Annual report of lunatic asylums [Bombay] - 1912-1922
Year: 1912
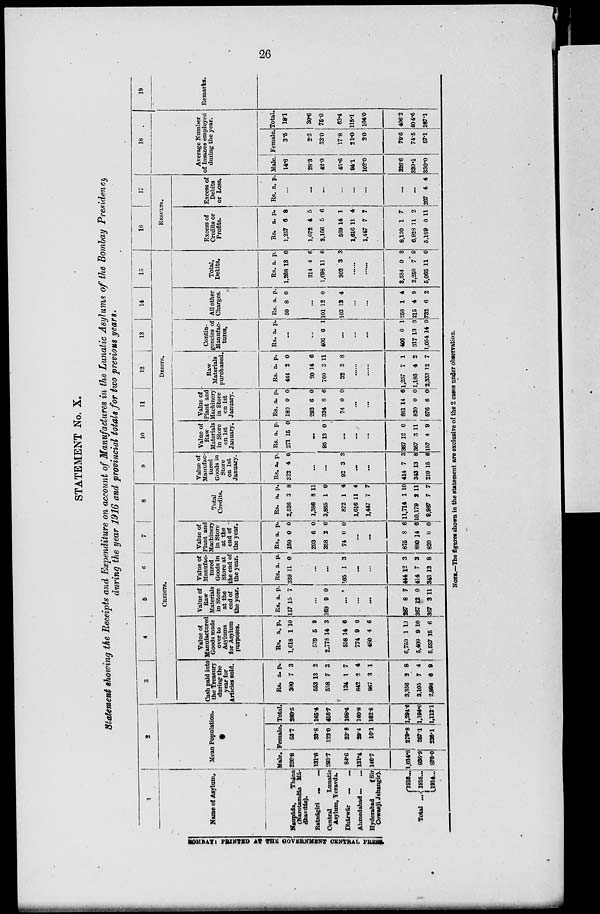
26
STATEMENT No. X.
Statement showing the Receipts and Expenditure on account of Manufactures in the Lunatic Asylums of the Bombay Presidency
during the year 1916 and provincial totals for two previous years.
1
Name of Asylum.
Naupáda,
Thána
(Narotamdas Má-
dhavdás).
Ratnágiri ... ...
Central
Lunatic
Asylum, Yeravda.
Dhárwár
...
...
Ahmedabad ... ...
Hyderabad
(Sir
Cowasji Jehangir).
Total ...
1916...
1915...
1914...
2
Mean Population.
Male.
226.8
131.6
293.7
84.6
131.4
146.7
1,014.8
936.9
876.0
Female.
53.7
33.8
123.0
23.8
29.4
16.1
279.8
257.1
236.1
Total.
280.5
165.4
416.7
108.4
160.8
162.8
1,294.6
1,194.0
1,112,1
3
4
5
6
7
8
CREDITS.
Cash paid into
the Treasury
during the
year for
Articles sold.
Rs.
300
553
558
134
842
967
3,356
3,105
2,898
a.
7
13
7
1
2
3
2
7
6
p.
3
2
3
7
4
1
8
4
9
Value of
Manufacturer
Goods made
over to
Asylums
for Asylum
purposes.
Rs.
1,618
539
2,778
558
774
480
6,750
5,409
5,557
a.
1
5
14
14
9
4
1
9
15
p.
10
9
3
6
0
6
10
10
6
Value of
Raw
Materials
in Store
at the
end of
the year.
Rs.
117
a.
15
p.
7
...
169 9 0
...
...
...
287
367
367
8
12
3
7
0
11
Value of
Manufac-
tured
Goods in
Store at
the end of
the year.
Rs.
339
a.
11
p.
0
...
...
105 1 3
...
...
444
414
343
12
7
13
3
3
8
Value of
Plant and
Machinery
in Store
at the
end of
the year.
Rs.
150
293
358
74
a.
0
6
2
0
p.
0
0
6
0
...
...
875
880
820
8
14
0
6
6
0
Total
Credits.
Rs.
2,526
1,386
3,865
872
1,616
1,447
11,714
10,179
9,987
a.
3
8
1
1
11
7
1
2
7
p.
8
11
0
4
4
7
10
11
7
9
10
11
12
13
14
15
DEBITS.
Value of
Manufac-
tured
Goods in
Store
on 1st
January.
Rs.
322
a.
4
p.
0
...
...
92 3 3
...
...
414
343
210
7
13
15
3
8
6
Value of
Raw
Materials
in Store
on 1st
January.
Rs.
271
a.
15
p.
0
...
95 13 0
...
...
...
367
367
157
12
3
4
0
11
9
Value of
Plant and
Machinery
in Store
on 1st
January.
Rs.
180
293
334
74
a.
0
6
8
0
p.
0
0
6
0
...
...
881
820
576
14
0
6
6
0
0
Raw
Materials
purchased.
Rs.
444
20
760
32
a.
2
14
3
5 2
p.
0
6
11
8
...
...
1,257
1,188
2,333
7
4
12
1
2
7
Contin-
gencies of
Manufac-
tures.
Rs. a. p.
...
...
406 6 1
...
...
...
406
317
1,054
6
13
14
1
3
0
All other
Charges.
Rs.
50
a.
8
p.
0
...
101
103
12
13
0
4
...
...
256
215
732
1
4
6
4
9
2
Total,
Debits.
Rs.
1,268
314
1,698
302
a.
13
4
11
3
p.
0
6
6
3
...
...
3,584
3,250
5,065
0
7
11
3
9
0
16
17
RESULTS.
Excess of
Credits or
Profits.
Rs.
1,257
1,072
2,166
569
1,616
1,447
8,130
6,928
5,189
a.
6
4
5
14
11
7
1
11
0
p.
8
5
6
1
4
7
7
2
11
Excess of
Debits
or Loss.
Rs. a
p.
...
...
...
...
...
...
...
...
267 4 4
18
Average Number
of Insanes employed
during the year.
Male.
14.6
28.3
42.0
45.6
94.1
102.0
326.6
330.1
330.0
Female.
3.5
2.3
33.0
17.8
21.0
2.0
79.6
74.5
57.1
Total.
18.1
30.6
75.0
63.4
115.1
104.0
406.2
404.6
387.1
19
Remarks.
NOTE.—The figures shown in the statement are exclusive of the 2 cases under observation.
BOMBAY : PRINTED AT THE GOVERNMENT CENTRAL PRESS